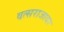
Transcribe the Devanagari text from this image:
वत्सराजावर